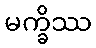
မက္ခိဿ